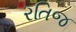
રતિજ